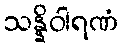
သန္နိဝါရဏံ